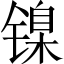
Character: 镍